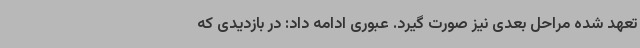
تعهد شده مراحل بعدی نیز صورت گیرد. عبوری ادامه داد: در بازدیدی که